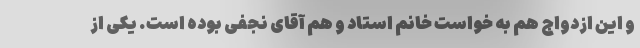
و این ازدواج هم به خواست خانم استاد و هم آقای نجفی بوده است. یکی از